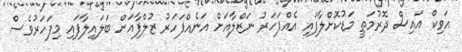
އަވިކް އައިސް ދޮރުމަތީ މަޑުކޮށްލާފައި އެއްފަހަރު ނަޒްލާއަށް އަނެއްފަހަރު ޒުލްފާއަށް ބަލައިލާފައި މިފަހަރުވެސް